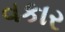
વકાર